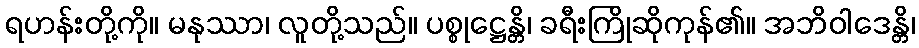
ရဟန်းတို့ကို။ မနုဿာ၊ လူတို့သည်။ ပစ္စုဋ္ဌေန္တိ၊ ခရီးကြိုဆိုကုန်၏။ အဘိဝါဒေန္တိ၊